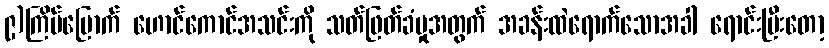
၉)ကြိမ်မြောက် ဟောင်ကောင်အသင်းကို သတ်ဖြတ်ခံမှုအတွက် အခန်းထဲရောက်သောအခါ ရောင်းပြီးတော့